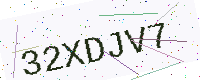
Text: 32XDJV7